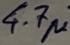
Text: 4.7µ